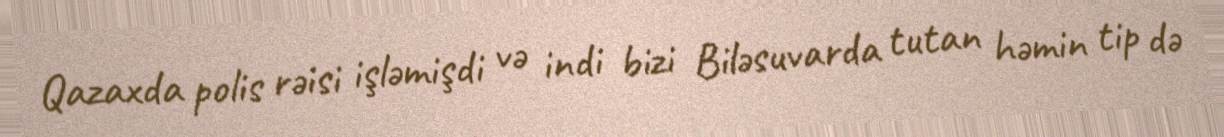
Qazaxda polis rəisi işləmişdi və indi bizi Biləsuvarda tutan həmin tip də